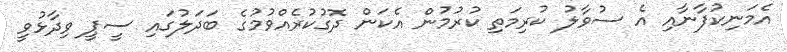
އެމަނިކުފާނާއި އެ ސުވާލު ކުރިމަތި ކުރުމުން އެކަން ދޮގުކުރެއްވުމުގެ ބަދަލުގައި ސީޕީ ވިދާޅުވީ